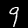
Label: 9